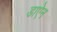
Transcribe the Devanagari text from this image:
डाऐन